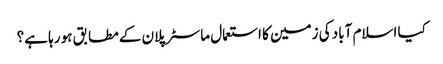
کیا اسلام آباد کی زمین کا استعمال ماسٹر پلان کے مطابق ہو رہا ہے؟